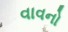
વાવનો